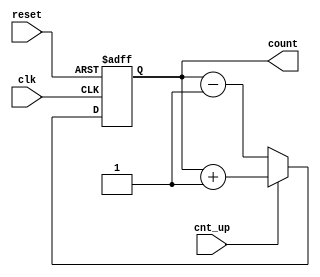
module up_down_counter (
    input wire clk,         // Asynchronous clock input
    input wire cnt_up,      // Control signal for counting direction (up/down)
    input wire reset,       // Asynchronous active-high reset signal
    output reg [2:0] count  // 3-bit counter output (change size as needed)
);

    always @(posedge clk or posedge reset) begin
        if (reset) begin
            count <= 3'b000; // Reset the counter to 0
        end else begin
            if (cnt_up) begin
                count <= count + 1; // Increment count
            end else begin
                count <= count - 1; // Decrement count
            end
        end
    end

endmodule